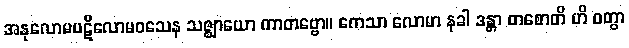
အနုလောမပဋိလောမဝသေန သဇ္ဈာယော ကာတဗ္ဗော။ ကေသာ လောမာ နခါ ဒန္တာ တစောတိ ဟိ ဝတွာ